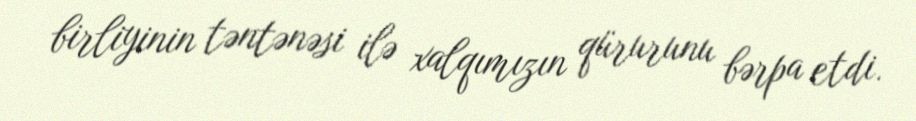
birliyinin təntənəsi ilə xalqımızın qürurunu bərpa etdi.